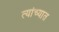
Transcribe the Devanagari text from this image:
त्‍यांच्‍यात